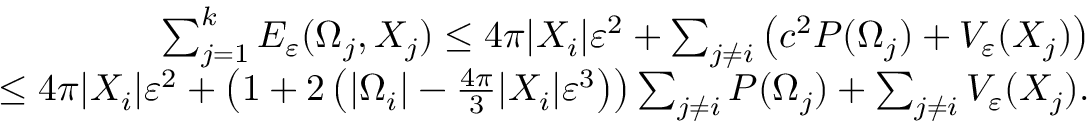
\begin{array} { r } { \sum _ { j = 1 } ^ { k } E _ { \varepsilon } ( \Omega _ { j } , X _ { j } ) \leq 4 \pi | X _ { i } | \varepsilon ^ { 2 } + \sum _ { j \neq i } \left( c ^ { 2 } P ( \Omega _ { j } ) + V _ { \varepsilon } ( X _ { j } ) \right) } \\ { \leq 4 \pi | X _ { i } | \varepsilon ^ { 2 } + \left( 1 + 2 \left( | \Omega _ { i } | - \frac { 4 \pi } { 3 } | X _ { i } | \varepsilon ^ { 3 } \right) \right) \sum _ { j \neq i } P ( \Omega _ { j } ) + \sum _ { j \neq i } V _ { \varepsilon } ( X _ { j } ) . } \end{array}